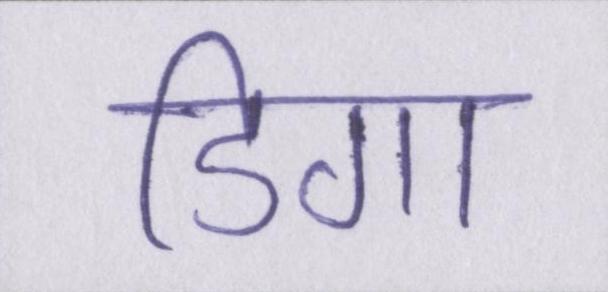
डिगा